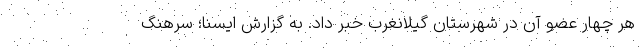
هر چهار عضو آن در شهرستان گیلانغرب خبر داد. به گزارش ایسنا؛ سرهنگ